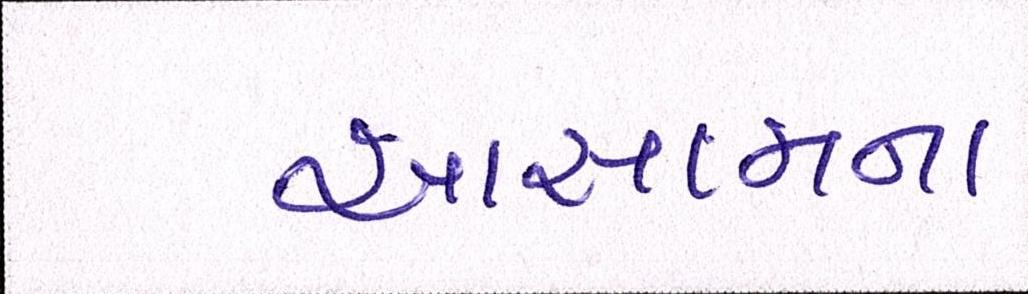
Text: આસામના